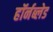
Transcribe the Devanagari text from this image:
हॉर्नब्लेड